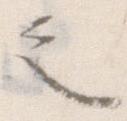
之